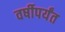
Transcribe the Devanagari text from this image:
वर्षीपर्यंत